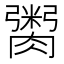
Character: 𮌿